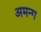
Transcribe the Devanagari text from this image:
अमन्ग